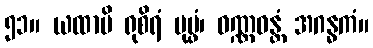
၅၁။ ယထာပိ ရုစိရံ ပုပ္ဖံ၊ ဝဏ္ဏဝန္တံ အဂန္ဓကံ။